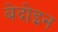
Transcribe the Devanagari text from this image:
बेदोइन